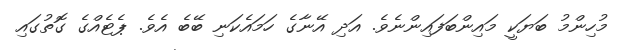
މުހިންމު ބަޔަކީ މައިންބަފައިންނެވެ. އަދި އޭނާގެ ހަމައެކަނި ބޭބެ އެވެ. ޕެޓެއްގެ ގޮތުގައި